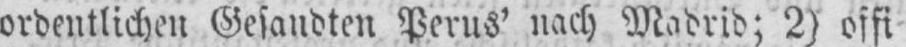
ordentlichen Gesandten Perus’ nach Madrid; 2) offi⸗